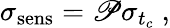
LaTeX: \sigma_{\mathrm{sens}}=\mathscr{P}\sigma_{t_{c}}~,